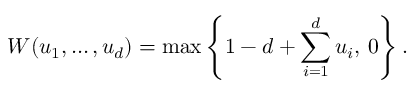
W ( u _ { 1 } , \ldots , u _ { d } ) = \operatorname* { m a x } \left\{ 1 - d + \sum _ { i = 1 } ^ { d } { u _ { i } } , \, 0 \right\} .